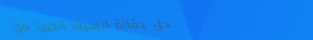
محل بقالة السيف الدين: من